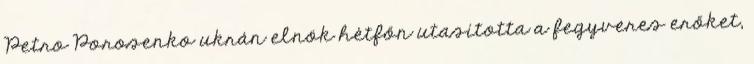
Petro Porosenko ukrán elnök hétfőn utasította a fegyveres erőket,